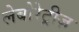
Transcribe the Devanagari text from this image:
लेबोरेट्रीज़